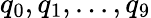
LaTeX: q_{0},q_{1},...,q_{9}